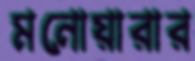
মনোয়ারার